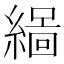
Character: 𮈻